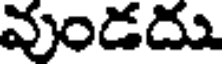
వుండదు